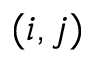
( i , j )